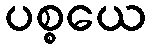
ပစ္စယေ